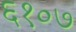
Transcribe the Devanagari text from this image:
६१०७